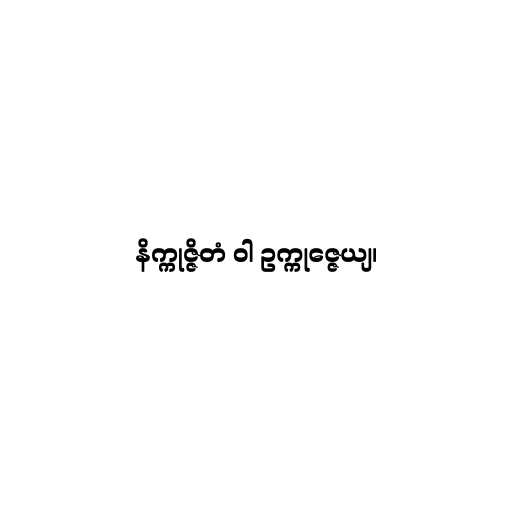
နိက္ကုဇ္ဇိတံ ဝါ ဥက္ကုဇ္ဇေယျ၊